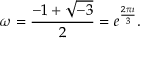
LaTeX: \omega = { \frac { - 1 + { \sqrt { - 3 } } } { 2 } } = e ^ { \frac { 2 \pi \imath } { 3 } } .